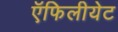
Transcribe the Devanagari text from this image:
ऍफिलीयेट